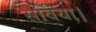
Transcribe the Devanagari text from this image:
सर्विया।